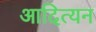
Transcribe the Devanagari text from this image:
आदित्यन